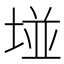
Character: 𡌶